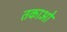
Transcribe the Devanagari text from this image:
तकाओ